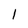
Character: l